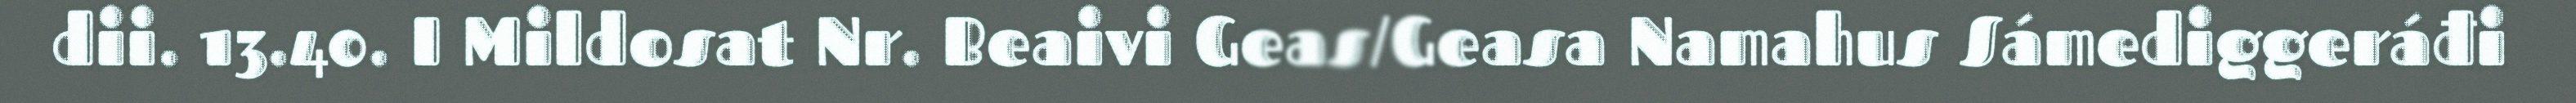
dii. 13.40. I Mildosat Nr. Beaivi Geas/Geasa Namahus Sámediggeráđi